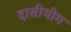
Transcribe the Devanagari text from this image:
दासीयोग